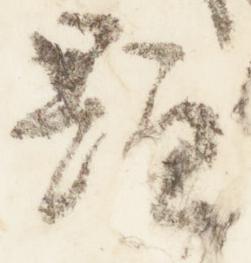
顕